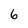
Character: 6